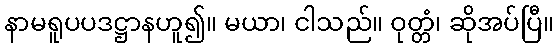
နာမရူပပဒဋ္ဌာနဟူ၍။ မယာ၊ ငါသည်။ ဝုတ္တံ၊ ဆိုအပ်ပြီ။